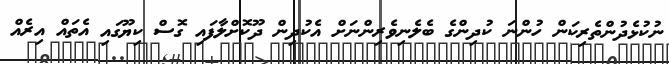
ނުކުޅެދުންތެރިކަން ހުންނަ ކުދިންގެ ބެލެނިވެރިންނަށް އެކުދިން ދޫކޮށްލާފައި ގޮސް ކިޔޫގައި އެތައް އިރެއް